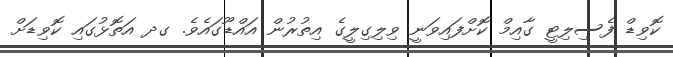
ކޮވިޑް ފެސިލިޓީ ގާއިމް ކޮށްފައިވަނީ ވިލިގިލީގެ އިތުރުން އައްޑޫގައެވެ. ގދ އަތޮޅުގައި ކޮވިޑަށް